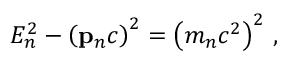
E _ { n } ^ { 2 } - \left( \mathbf { p } _ { n } c \right) ^ { 2 } = \left( m _ { n } c ^ { 2 } \right) ^ { 2 } \, ,